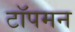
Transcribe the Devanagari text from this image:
टॉपमन